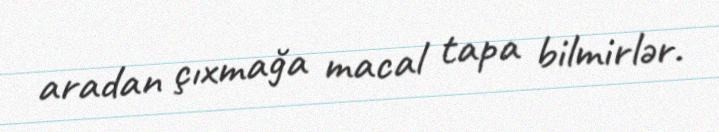
aradan çıxmağa macal tapa bilmirlər.